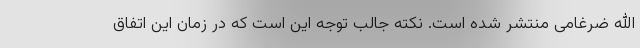
الله ضرغامی منتشر شده است. نکته جالب توجه این است که در زمان این اتفاق